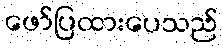
ဖော်ပြထားပေသည်